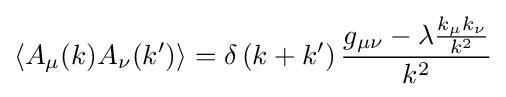
\left\langle A_{\mu }(k)A_{\nu }(k')\right\rangle =\delta \left(k+k'\right){\frac {g_{\mu \nu }-\lambda {\frac {k_{\mu }k_{\nu }}{k^{2}}}}{k^{2}}}